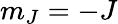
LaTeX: m_{J}=-J